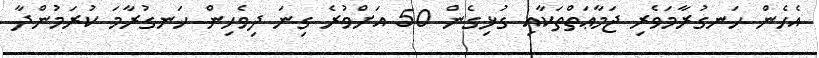
އެހެން ހަނގުރާމަވެރި ޖަމާޢަތްތަކާއި ގުޅިގެން 50 އަށްވުރެ ގިނަ ދިވެހިން ހަނގުރާމަ ކުރަމުންދާ